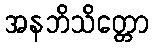
အနဘိသိတ္တော